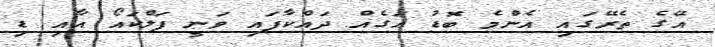
އޭގެ ތެރޭގައި އެންމެ ބޮޑު އަގެއް ދައްކާފައި ވަނީ ފަލްކައޯ އާއި ޑި